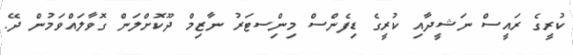
ކުރީގެ ރައީސް ނަޝީދާއި ކުރީގެ ޑިފެންސް މިނިްސޓަރު ނާޒިމް ދޫކޮށްލަން ގޮވާލައްވަމުން ދޭ.